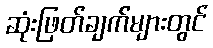
ဆုံးဖြတ်ချက်များတွင်